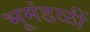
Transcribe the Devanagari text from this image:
भूमंडळीं